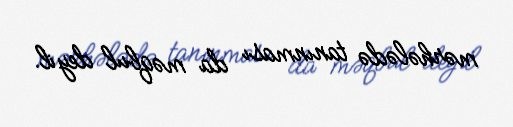
mərhələdə tanınması da məqbul deyil.